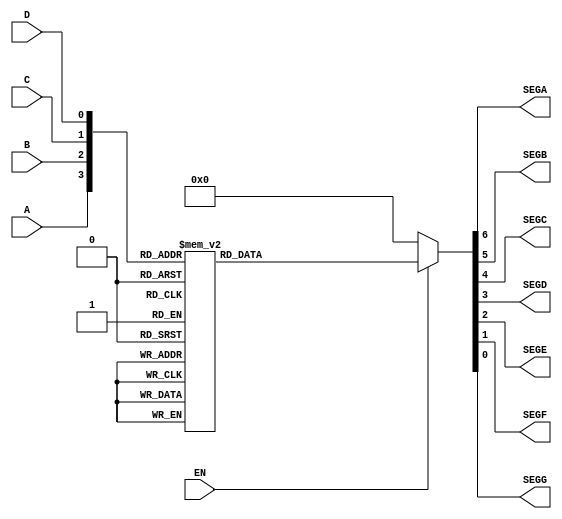
module Vr6_47(A,B,C,D,EN,SEGA,SEGB,SEGC,SEGD,SEGE,SEGF,SEGG);
	input A,B,C,D,EN;
	output SEGA,SEGB,SEGC,SEGD,SEGE,SEGF,SEGG;
	reg SEGA,SEGB,SEGC,SEGD,SEGE,SEGF,SEGG;
	reg [1:7] SEGS;
	
	always @ (A or B or C or D or EN)
	begin
		if(EN)
		begin
			case({A,B,C,D})
				0: SEGS = 7'b1111110;
				1: SEGS = 7'b0110000;
				2: SEGS = 7'b1101101;
				3: SEGS = 7'b1111001;
				4: SEGS = 7'b0110011;
				5: SEGS = 7'b1011011;
				6: SEGS = 7'b1011111; //if no 'tail' 7'b0011111;
				7: SEGS = 7'b1110000;
				8: SEGS = 7'b1111111;
				9: SEGS = 7'b1111011; //if no 'tail' 7'b1110011
				default SEGS = 7'b1001111; //7'bx
			endcase
		end
		else SEGS = 7'b0;
		
		{SEGA,SEGB,SEGC,SEGD,SEGE,SEGF,SEGG} = SEGS;
	end
endmodule